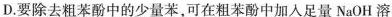
D.要除去粗苯酚中的少量苯，可在粗苯酚中加入足量NaOH溶